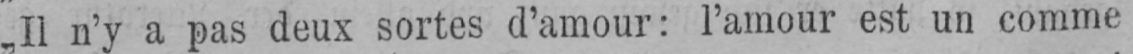
„Il n’y a pas deux sortes d’amour: l’amour est un comme